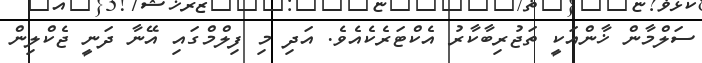
ސަލްމާން ޚާންއަކީ ތަޖުރިބާކާރު އެކްޓަރެކެއެވެ. އަދި މި ފިލްމްގައި އޭނާ ދަނީ ޖެކްލިން